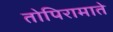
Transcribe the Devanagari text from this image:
तोपिरामाते